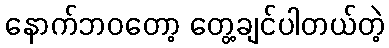
နောက်ဘဝတော့ တွေ့ချင်ပါတယ်တဲ့